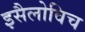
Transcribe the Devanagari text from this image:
इसैलोविच